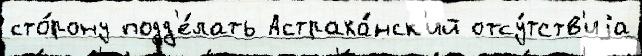
сто́рону подд'е́лать Астраха́нск'ий отсу́тств'иjа